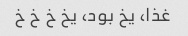
غذا، یخ بود، یخ خ خ خ